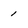
Character: 1